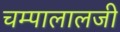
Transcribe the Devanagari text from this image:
चम्पालालजी